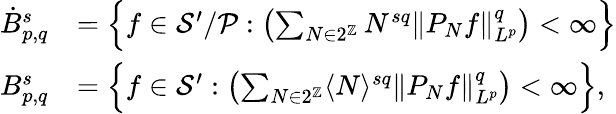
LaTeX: \begin{array}{rl}{\dot{B}_{p,q}^{s}}&{=\Bigl\{ f\in\mathcal{S}^{\prime}/\mathcal{P}:\left(\sum_{N\in 2^{\mathbb{Z}}}N^{sq}\| P_{N}f\| _{L^{p}}^{q}\right)<\infty\Bigl\} }\\ {B_{p,q}^{s}}&{=\Bigl\{ f\in\mathcal{S}^{\prime}:\left(\sum_{N\in 2^{\mathbb{Z}}}\langle N\rangle^{sq}\| P_{N}f\| _{L^{p}}^{q}\right)<\infty\Bigl\} ,}\end{array}